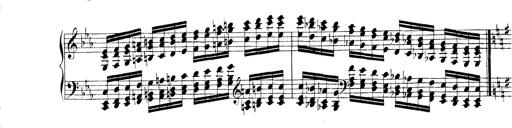
Title: Technische Studien
Composer: Franz Liszt